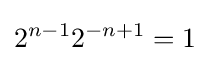
2^{n-1}2^{-n+1}=1